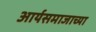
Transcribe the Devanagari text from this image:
आर्यसमाजाच्या